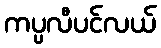
ကပ္ပလီပင်လယ်